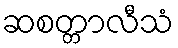
ဆစတ္တာလီသံ